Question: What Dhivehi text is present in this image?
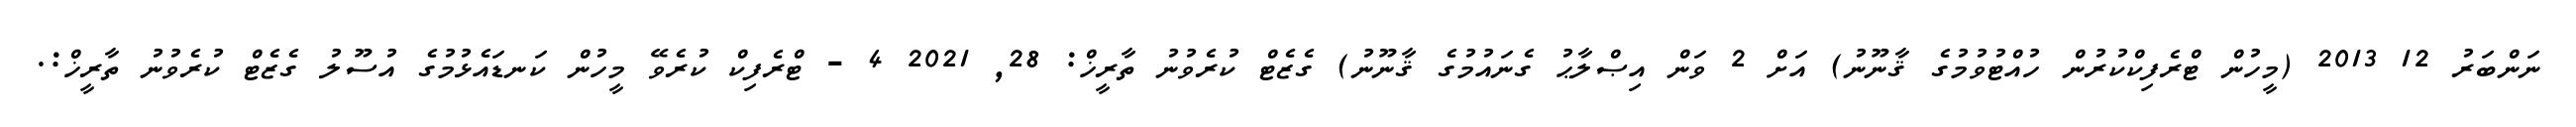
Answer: ނަންބަރު 12 2013 (މީހުން ޓްރެފިކްކުރުން ހުއްޓުވުމުގެ ޤާނޫނު) އަށް 2 ވަން އިޞްލާޙު ގެނައުމުގެ ޤާނޫނު) ގެޒެޓް ކުރެވުނު ތާރީޚް: 28, 2021 4 - ޓްރެފިކް ކުރެވޭ މީހުން ކަނޑައެޅުމުގެ އުސޫލު ގެޒެޓް ކުރެވުނު ތާރީޚް:.